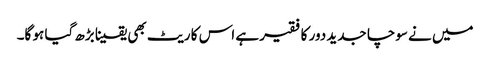
میں نے سوچا جدید دور کا فقیر ہے اس کا ریٹ بھی یقینا بڑھ گیا ہو گا۔